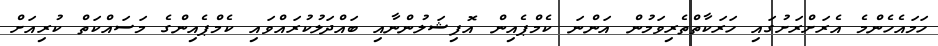
ހަމައެހެންމެ އެރަށްރަށުގައި ހަރަކާތްތެރިވަމުން އަންނަ ކެމްޕެއިން އޮފިޝަލުންނާއި ބައްދަލުކުރައްވައި ކެމްޕެއިންގެ މަސައްކަތް ކުރިއަށް